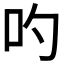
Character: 𠮭